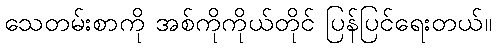
သေတမ်းစာကို အစ်ကိုကိုယ်တိုင် ပြန်ပြင်ရေးတယ်။